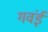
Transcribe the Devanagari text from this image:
गवंई